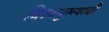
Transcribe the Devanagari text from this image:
विश्‍वपुरूषाची